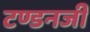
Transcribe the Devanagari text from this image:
टण्डनजी